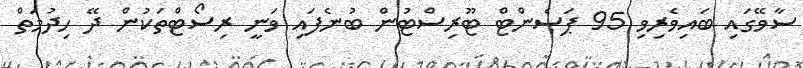
ސާވޭގައި ބައިވެރިވި 95 ޕަސެންޓް ޓޫރިސްޓުން ބުނެފައި ވަނީ ރިސޯޓްތަކުން ދޭ ހިދުމަތް